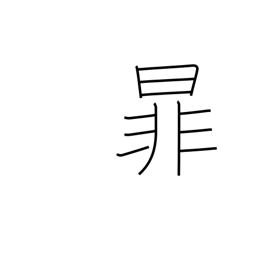
Meaning: be separated